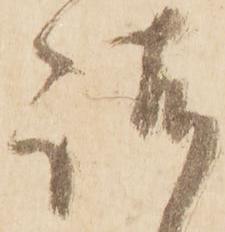
給